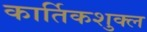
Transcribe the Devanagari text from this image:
कार्तिकशुक्ल